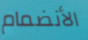
الأنضمام